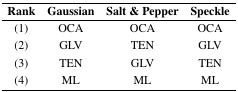
<table><thead><tr><td><b>Rank</b></td><td><b>Gaussian</b></td><td><b>Salt&amp;Pepper</b></td><td><b>Speckle</b></td></tr></thead><tbody><tr><td>(1)</td><td>OCA</td><td>OCA</td><td>OCA</td></tr><tr><td>(2)</td><td>GLV</td><td>TEN</td><td>GLV</td></tr><tr><td>(3)</td><td>TEN</td><td>GLV</td><td>TEN</td></tr><tr><td>(4)</td><td>ML</td><td>ML</td><td>ML</td></tr></tbody></table>